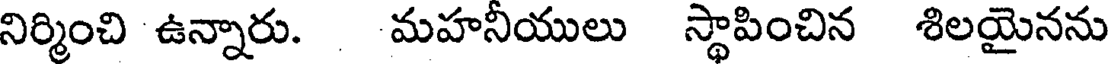
నిర్మించి ఉన్నారు. మహనీయులు స్థాపించిన శిలయైనను